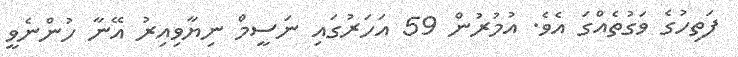
ފަތިހުގެ ވަގުތެއްގަ އެވެ. އުމުރުން 59 އަހަރުގައި ނަސީމް ނިޔާވިއިރު އޭނާ ހުންނެވީ